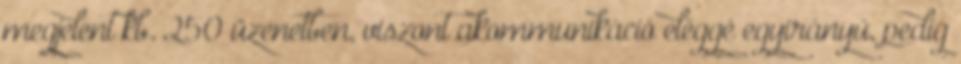
megjelent kb. 250 üzenetben, viszont akommunikáció eléggé egyirányú, pedig